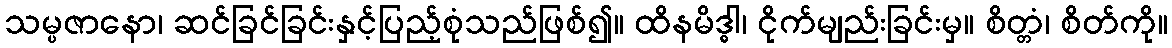
သမ္ပဇာနော၊ ဆင်ခြင်ခြင်းနှင့်ပြည့်စုံသည်ဖြစ်၍။ ထိနမိဒ္ဓါ၊ ငိုက်မျည်းခြင်းမှ။ စိတ္တံ၊ စိတ်ကို။